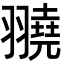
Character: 𦒒